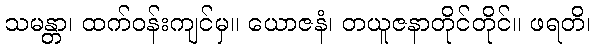
သမန္တာ၊ ထက်ဝန်းကျင်မှ။ ယောဇနံ၊ တယူဇနာတိုင်တိုင်။ ဖရတိ၊